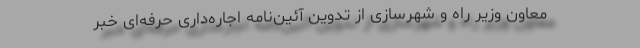
معاون وزیر راه و شهرسازی از تدوین آئین‌نامه اجاره‌داری حرفه‌ای خبر